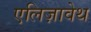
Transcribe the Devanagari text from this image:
एलिज़ावेथ